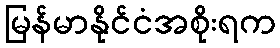
မြန်မာနိုင်ငံအစိုးရက